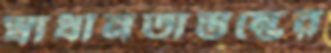
স্বাধীনতাস্তম্ভের